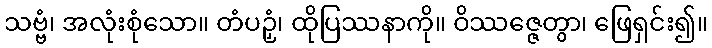
သဗ္ဗံ၊ အလုံးစုံသော။ တံပဉှံ၊ ထိုပြဿနာကို။ ဝိဿဇ္ဇေတွာ၊ ဖြေရှင်း၍။